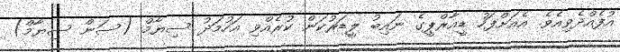
އުފެއްދެވިއެވެ. އެއަށްފަހު ޑީއާރްޕީގެ ނައިބު ލީޑަރުކަން ކުރެއްވި އަހުމަދު ސިޔާމް (ސަން ސިޔާމް)